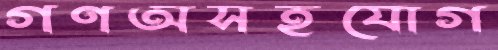
গণঅসহযোগ